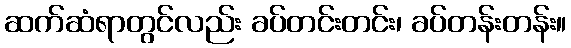
ဆက်ဆံရာတွင်လည်း ခပ်တင်းတင်း၊ ခပ်တန်းတန်း။